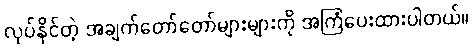
လုပ်နိုင်တဲ့ အချက်တော်တော်များများကို အကြံပေးထားပါတယ်။